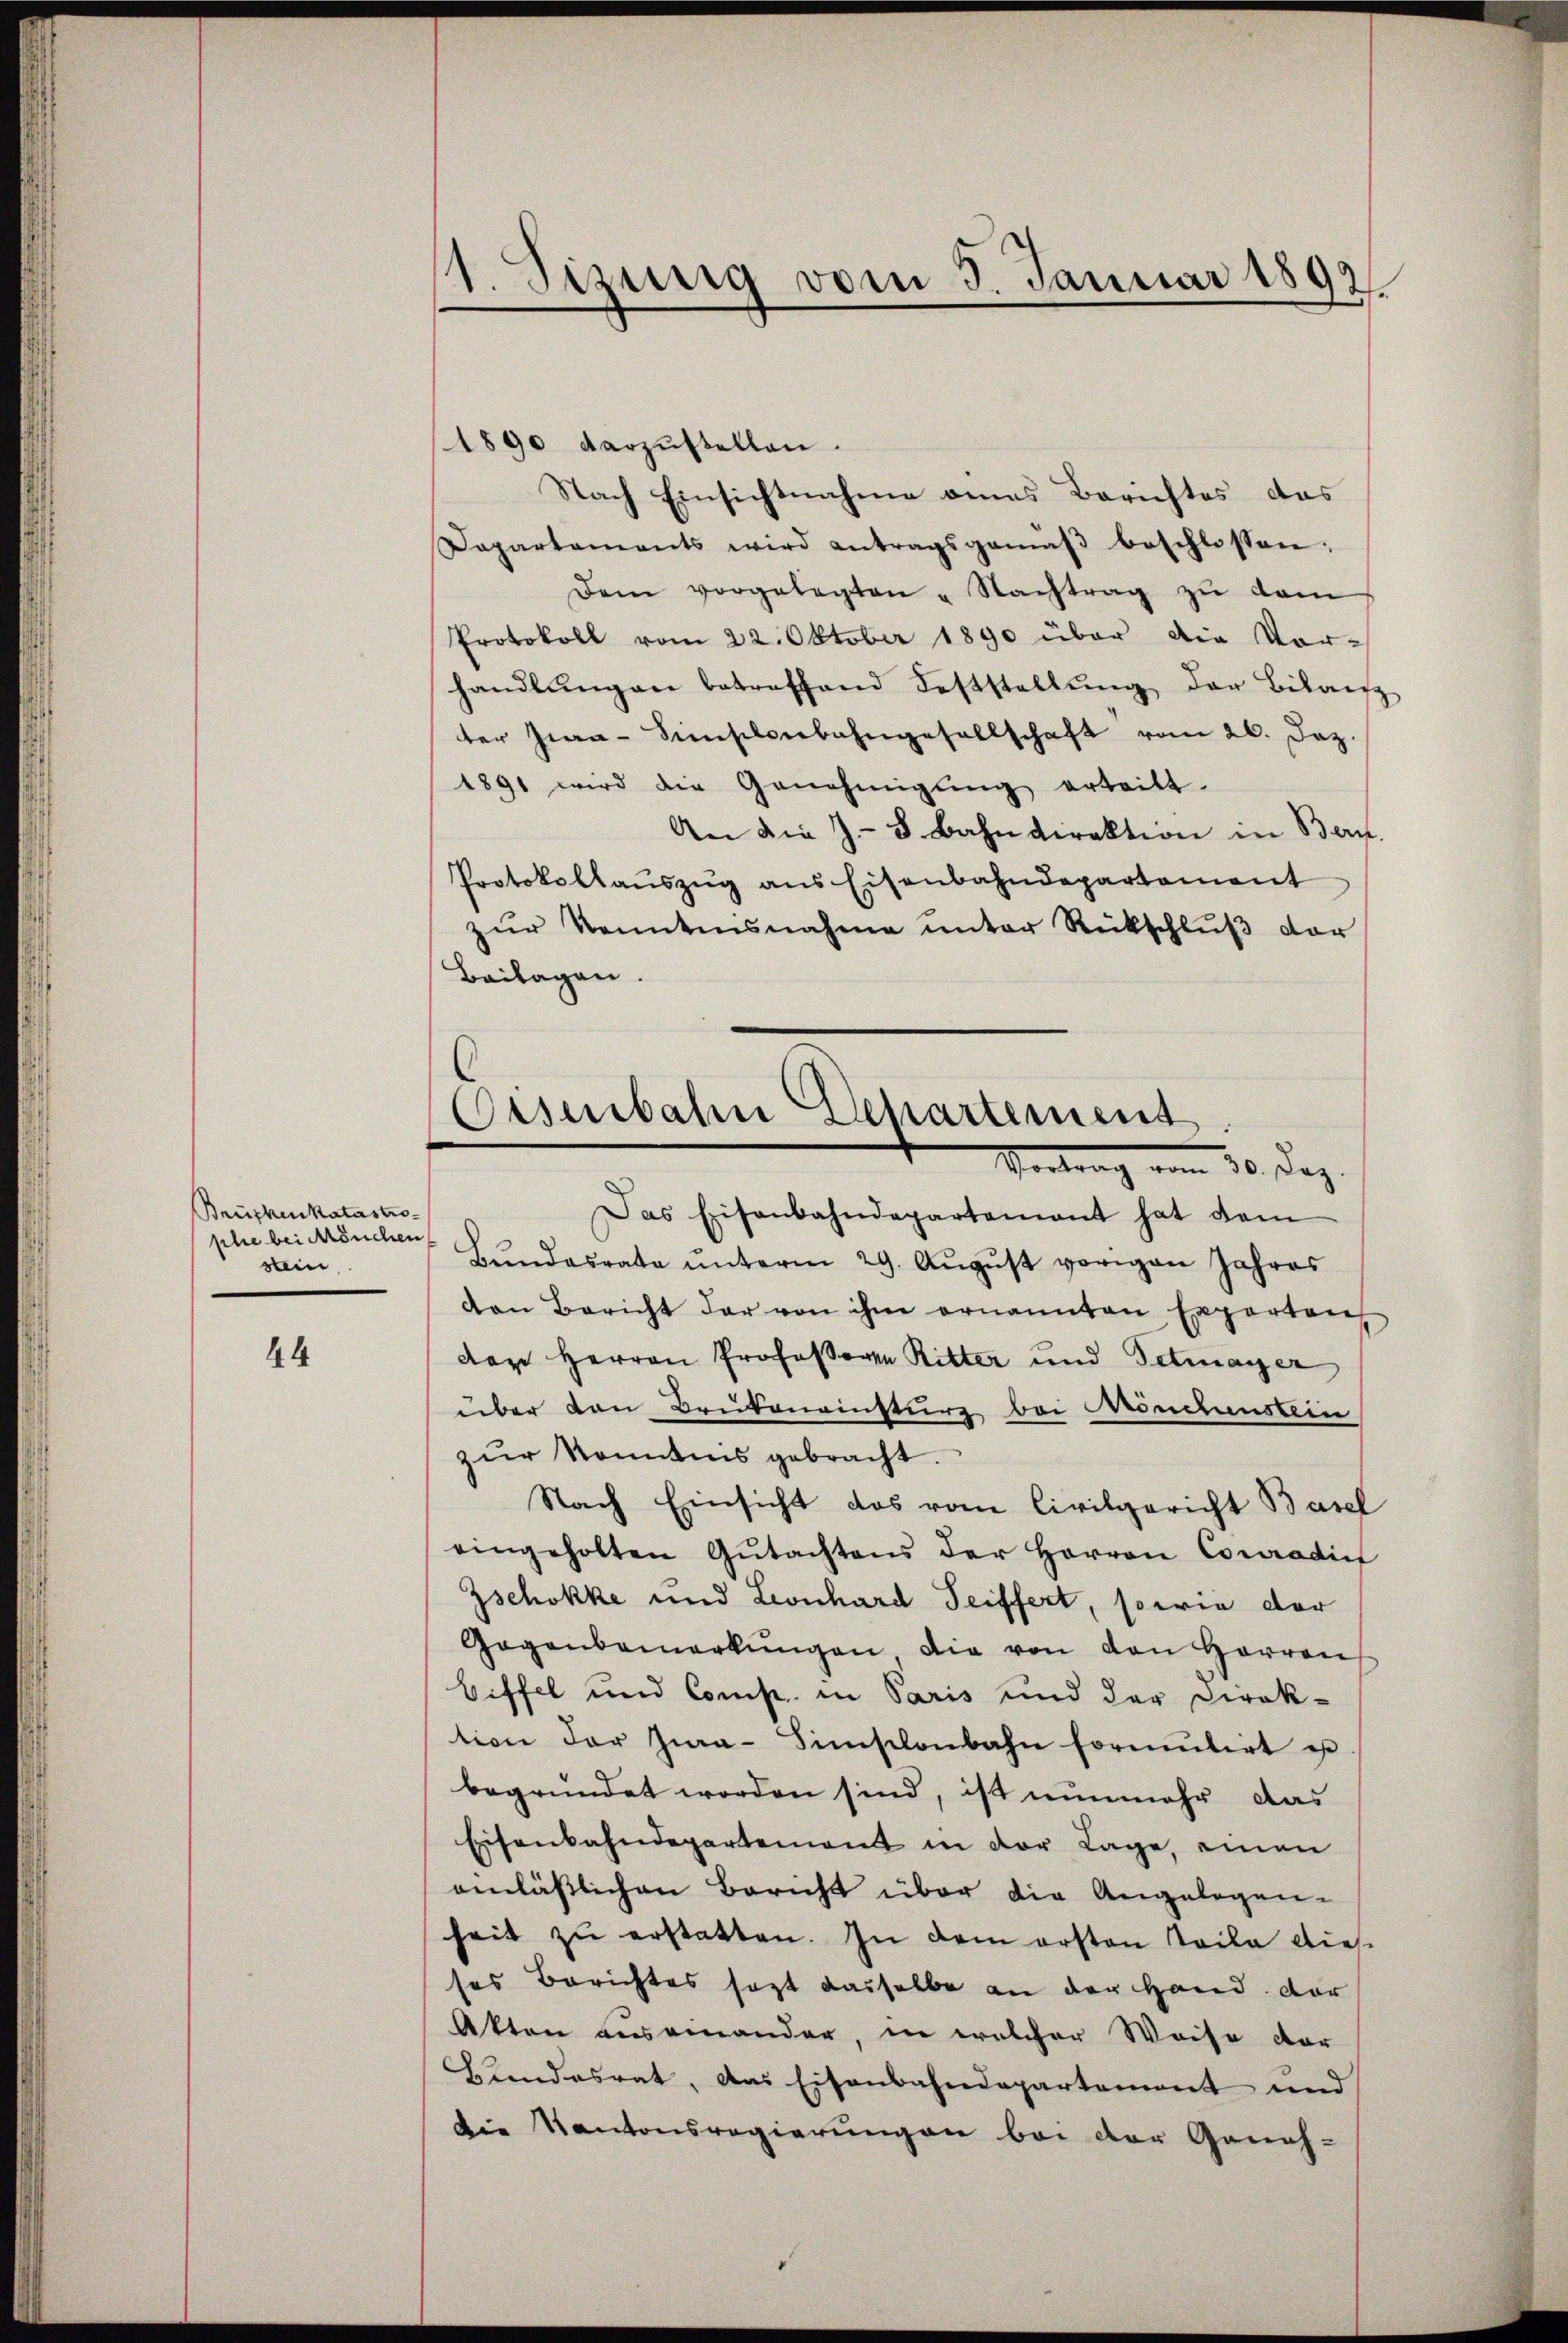
Brückenkatastrophe bei Mönchen
stein,

44

1. Sizinig vom 3. Januar 1892.

1890 darzŭstellen.
Nach Einsichtnahme eines Berichtes das
Dapartaments wird antragsgemäβ beschlossen.
Dem vorgelegten „Nachtrag zŭ dam
Protokoll vom 22. Oktober 1890 über die Vor-
handlŭngen betreffend Feststellŭng der Bilanz
ter Jwa-Sihlenbahngesellschaft vom 26. Jez.
1891 wird die Genehmigŭng erteilt.
An die J.- 8. Bahndirektion in Bern.
Protokollaŭszŭg ans Eisenbahndepartement
zŭr konntensnahme unter Rückschlŭβ der
Beilagen.
Das Eisenbahndepartement hat dem
Bŭndesrate ŭnterm 29. Aŭgŭst vorigen Jahres
an Bericht der von ihm ernannten Experten
der Herren Professor Ritter und Detmayer
über den Brüteneinsturz bei Mönchenstein
zŭr Kenntnis gebracht.
Nach Einsicht das vom Civilgericht Basel
eingeholten Gŭtachtens der Herren Conradict
Zschokke und Leonhard Seiffert, sowie der
Gegenbemerkŭngen die von den Herren
Diffel und Comp. in Paris und der Direk-
tion der Jwa-Siṁsclonbahn formŭlirt u.
begründet worden sind, ist nunmehr das
Eisenbahndepartement in der Lage, einen
einlässlichen Bericht über die Angelegen-
heit zŭ erstatten. In dem ersten Teile die-
ses Berichtes sagt dasselbe an der Hand. Der
Akten auseinander, in welcher Weise der
Bundesrat, das Eisenbahndepartement und
Die Kantonsregierungen bei der Geneh-

Eisenbahn Departement
Vertrag vom 30. Dez.